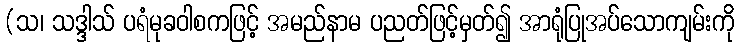
(သ၊ သဒ္ဒါသ် ပရံမုခဝါစကဖြင့် အမည်နာမ ပညတ်ဖြင့်မှတ်၍ အာရုံပြုအပ်သောကျမ်းကို